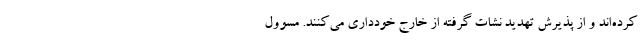
کرده‌اند و از پذیرش تهدید نشات گرفته از خارج خودداری می‌کنند. مسوول